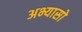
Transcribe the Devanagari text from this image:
अभ्यासो